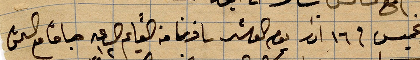
يم الخميس في ١٦ اذار يوم العاشر سافرنا من القايم الساعة ١٠ صباحًا مع ...